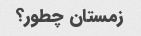
زمستان چطور؟